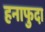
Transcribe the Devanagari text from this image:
हनाफुदा